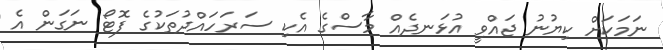
ނަމަކަށް ކިޔުނު ޖައްވީ އުޅަނދެއް މާސްގެ އެކި ސަރަހައްދުތަކުގެ ފޮޓޯ ނަގަން އެ